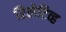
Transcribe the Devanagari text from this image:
रिलेटिव्ह